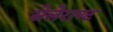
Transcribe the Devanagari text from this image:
सेलेराण्ट